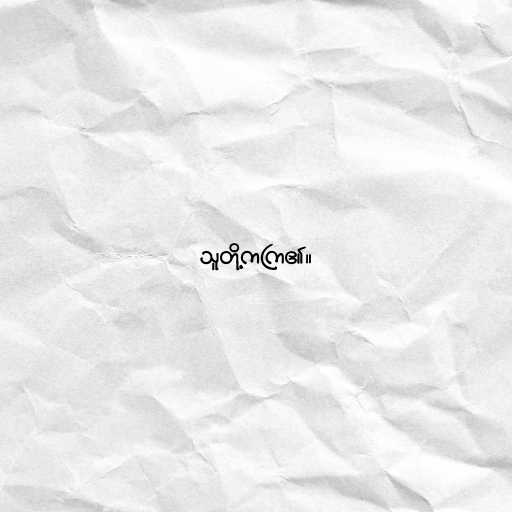
သူတို့ကကြ၏။